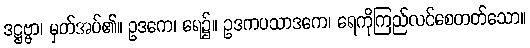
ဒဋ္ဌဗ္ဗာ၊ မှတ်အပ်၏။ ဥဒကေ၊ ရေ၌။ ဥဒကပသာဒကေ၊ ရေကိုကြည်လင်စေတတ်သော။